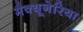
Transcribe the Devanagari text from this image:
मैक्यूनेरिया